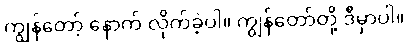
ကျွန်တော့် နောက် လိုက်ခဲ့ပါ။ ကျွန်တော်တို့ ဒီမှာပါ။